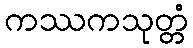
ကဿကသုတ္တံ